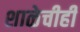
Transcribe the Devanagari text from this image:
शाळेचीही